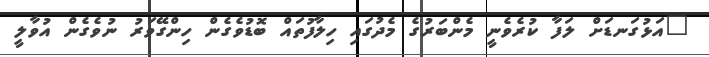
"އަޅުގަނޑަށް ލަފާ ކުރެވެނީ މެންބަރުގެ މެދުގައި ހިލާފުތައް ބޮޑުވެގެން ހިންގޭވަރު ނުވެގެން އުވާލީ